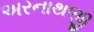
અરનાથજી